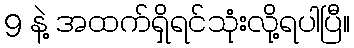
9 နဲ့ အထက်ရှိရင်သုံးလို့ရပါပြီ။